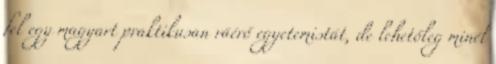
fel egy magyart praktikusan ráérő egyetemistát, de lehetőleg minél